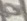
Text: 9